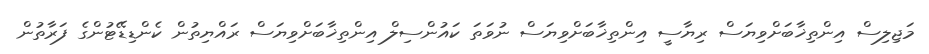
މަޖިލިސް އިންތިޚާބަށްވިޔަސް ރިޔާސީ އިންތިޚާބަށްވިޔަސް ނުވަތަ ކައުންސިލް އިންތިޚާބަށްވިޔަސް ރައްޔިތުން ކެންޑިޑޭޓުންގެ ފަރާތުން